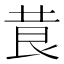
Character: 𮏃